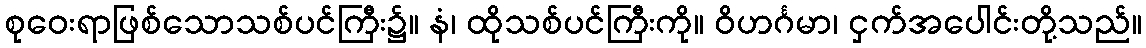
စုဝေးရာဖြစ်သောသစ်ပင်ကြီး၌။ နံ၊ ထိုသစ်ပင်ကြီးကို။ ဝိဟင်္ဂမာ၊ ငှက်အပေါင်းတို့သည်။